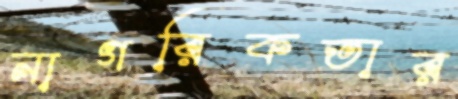
নাগরিকতার